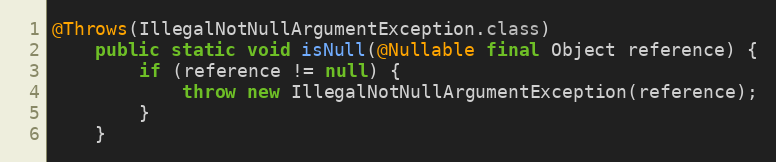
Language: Java
@Throws(IllegalNotNullArgumentException.class)
	public static void isNull(@Nullable final Object reference) {
		if (reference != null) {
			throw new IllegalNotNullArgumentException(reference);
		}
	}